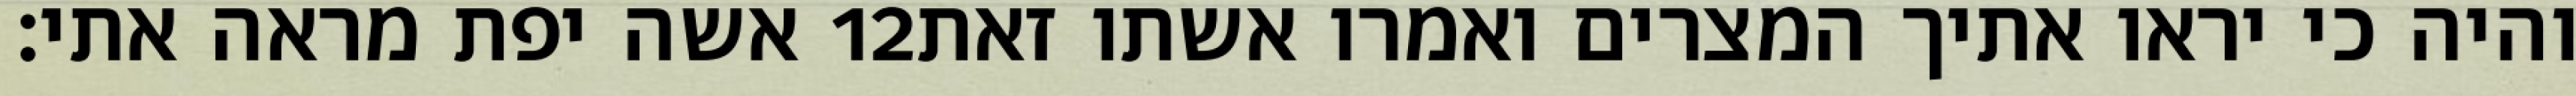
אשה יפת מראה אתי׃ ‎12‏ והיה כי יראו אתיך המצרים ואמרו אשתו זאת